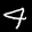
Label: 4